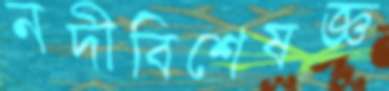
নদীবিশেষজ্ঞ